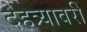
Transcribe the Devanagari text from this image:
देहत्र्यावरीं